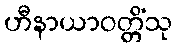
ဟီနာယာဝတ္တိံသု